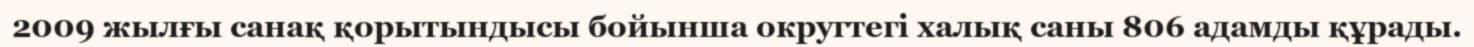
2009 жылғы санақ қорытындысы бойынша округтегі халық саны 806 адамды құрады.